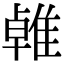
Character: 𨿧